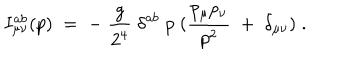
I _ { \mu \nu } ^ { a b } ( p ) \; = \; - \; \frac { g } { 2 ^ { 4 } } \; \delta ^ { a b } \; p \; ( \frac { p _ { \mu } p _ { \nu } } { p ^ { 2 } } \; + \; \delta _ { \mu \nu } ) \; .